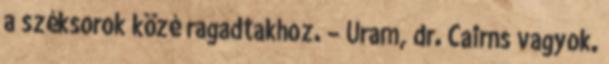
a széksorok közé ragadtakhoz. – Uram, dr. Cairns vagyok.